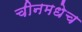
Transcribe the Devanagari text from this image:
चीनमधेच